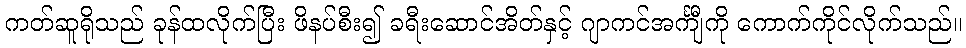
ကတ်ဆူရိုသည် ခုန်ထလိုက်ပြီး ဖိနပ်စီး၍ ခရီးဆောင်အိတ်နှင့် ဂျာကင်အင်္ကျီကို ကောက်ကိုင်လိုက်သည်။